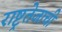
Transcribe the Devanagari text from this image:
राष्ट्रतेजाची